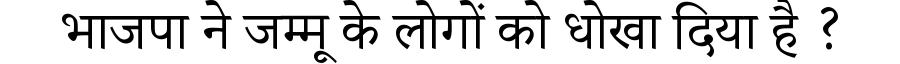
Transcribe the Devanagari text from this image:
भाजपा ने जम्मू के लोगों को धोखा दिया है ?